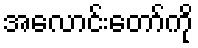
အလောင်းတော်ကို